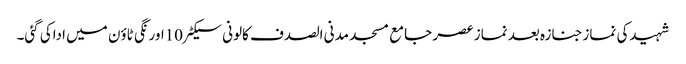
شہیدکی نمازجنازہ بعد نماز عصر جامع مسجد مدنی الصدف کالونی سیکٹر10اورنگی ٹاؤن میں اداکی گئی۔